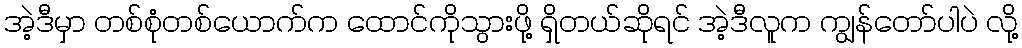
အဲ့ဒီမှာ တစ်စုံတစ်ယောက်က ထောင်ကိုသွားဖို့ ရှိတယ်ဆိုရင် အဲ့ဒီလူက ကျွန်တော်ပါပဲ လို့